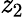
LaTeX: \mathit{z}_{2}